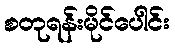
စတုရန်းမိုင်ပေါင်း